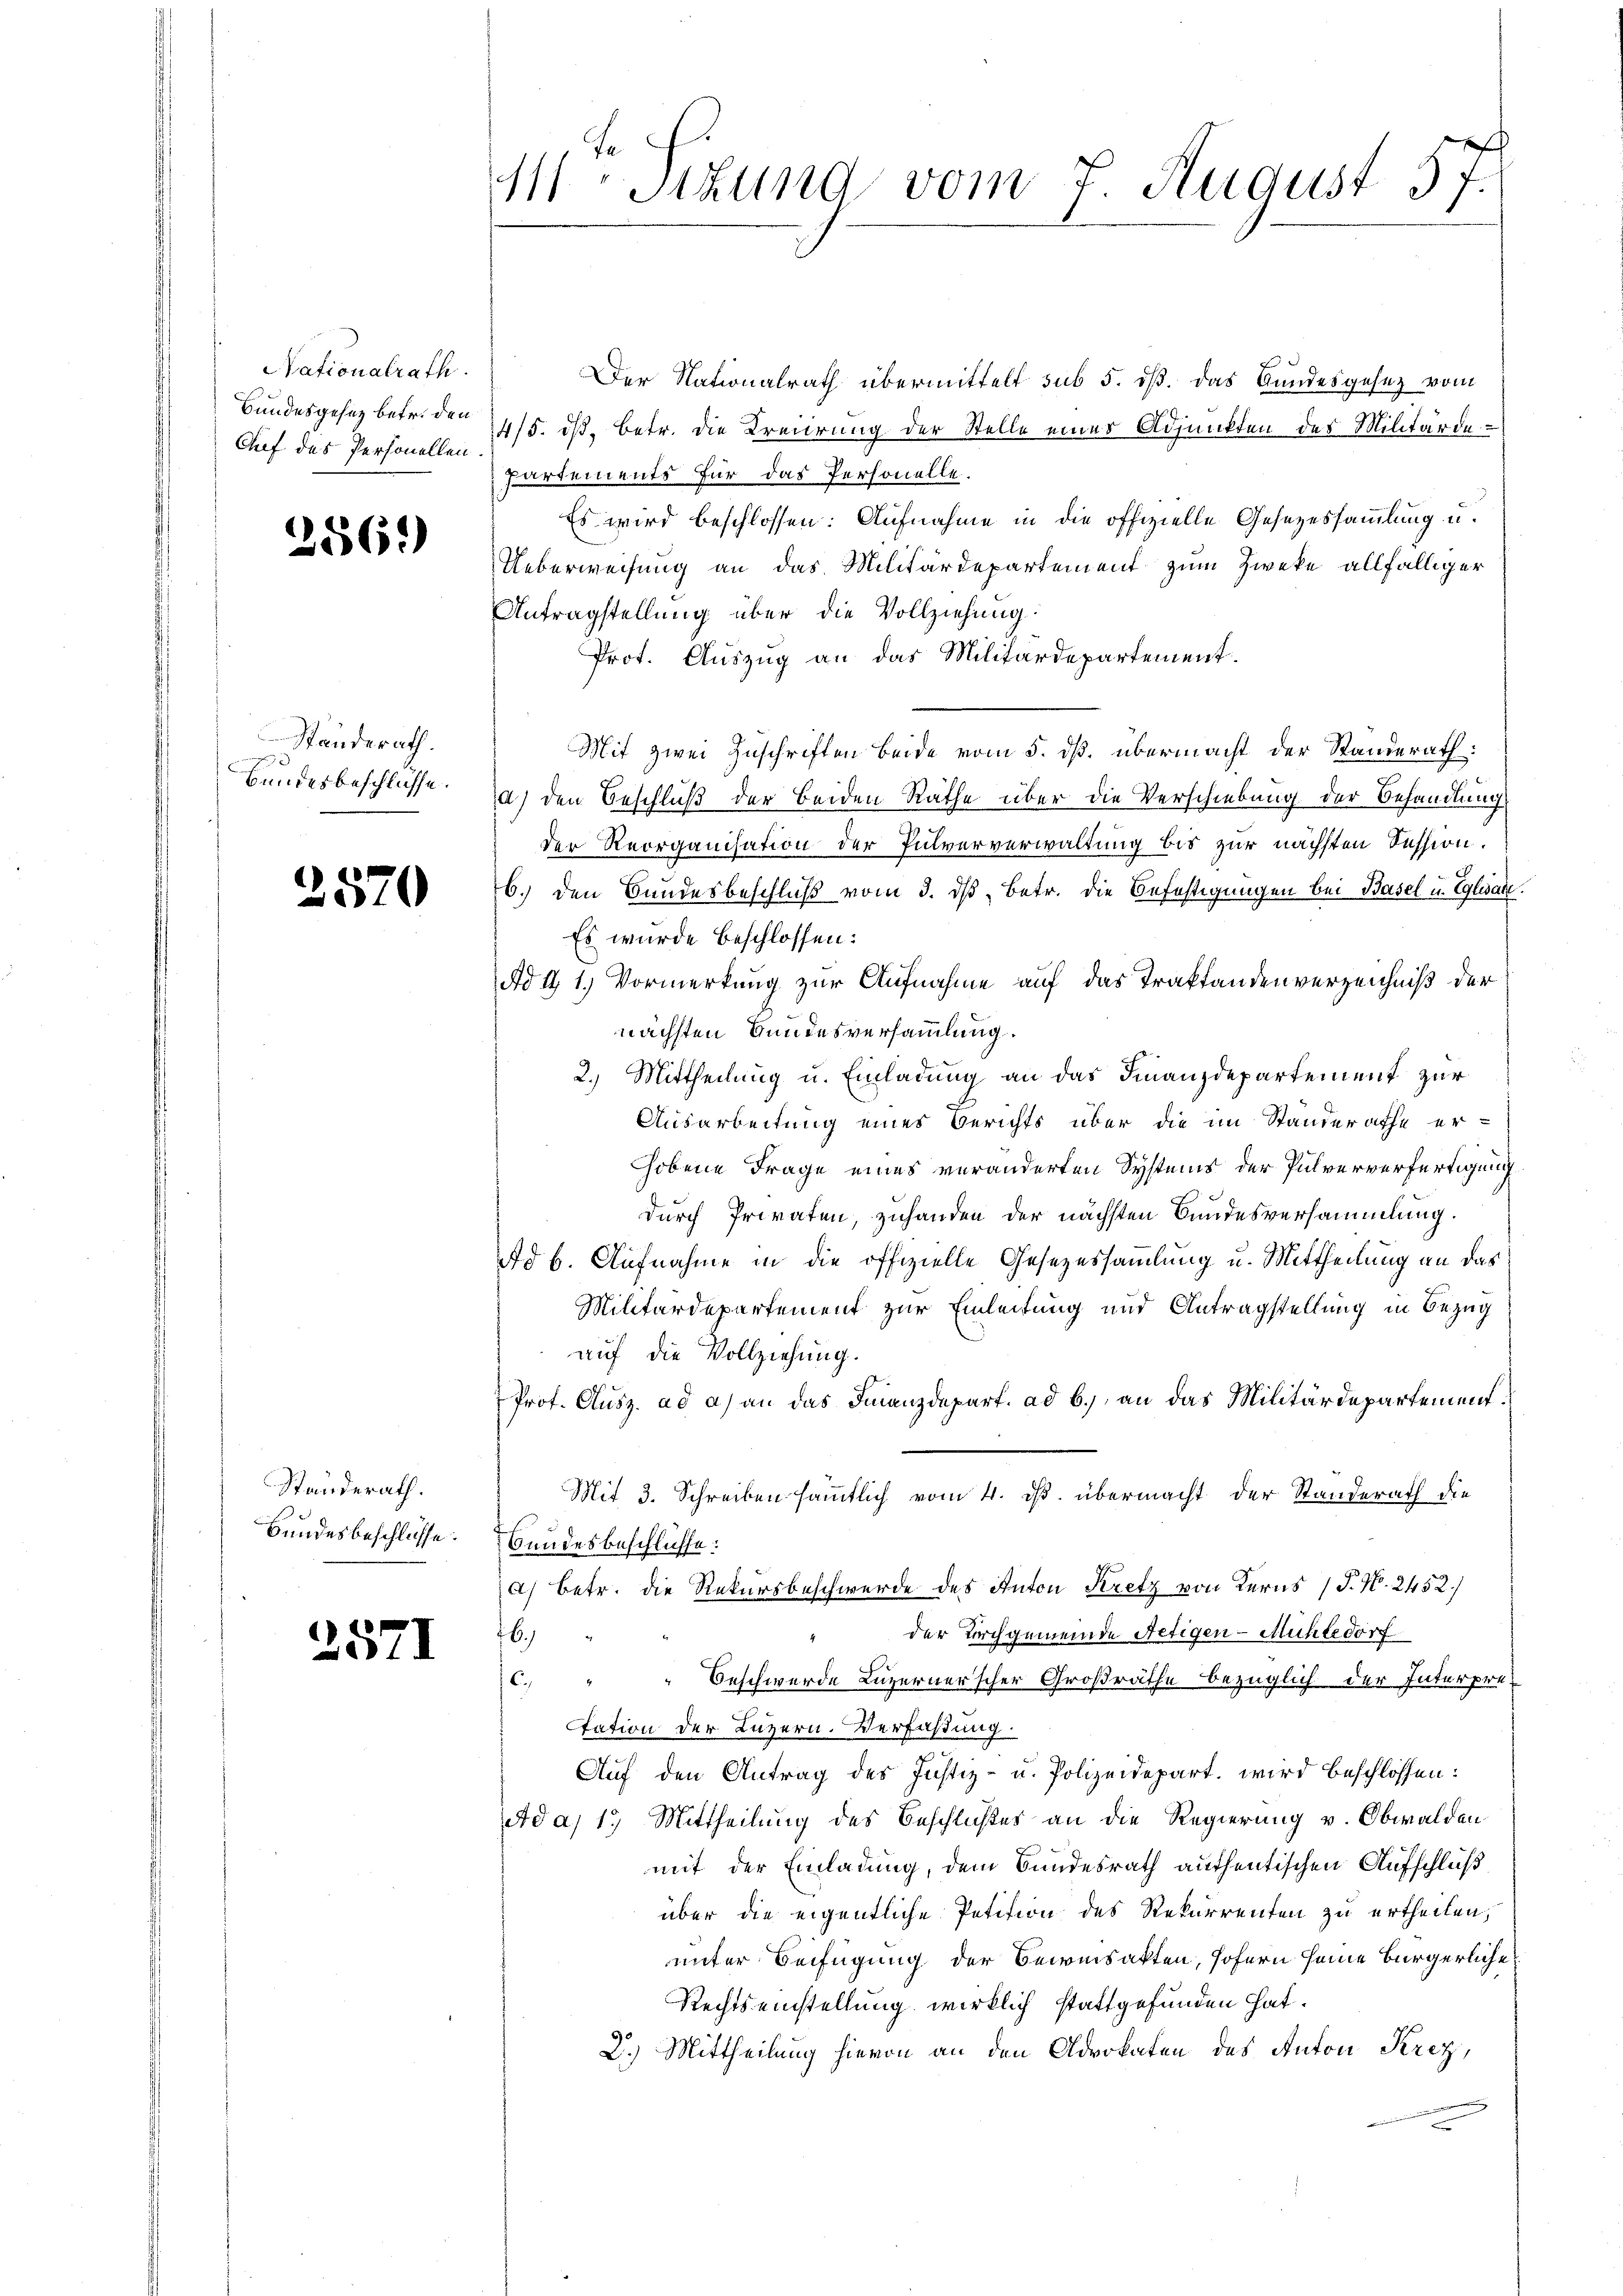
Nationalrath.
Bundesgesez betr. den
Auf des Personellen

2561)

Ständerath.
Bundesbeschlüsse.

2570

Standerath.
Bundesbeschlüsse.

2571

111 Stund vom 7. August 57.

Der Nationalrath übermittelt sub 5. dß. Das Bundesgesez vom
4/5. dß. Betr. die Kreiirung der Stelle eines Adjunkten des Militärde¬
Partements für das Personelle.
Es wird beschlossen: Aufnahme in die offizielle Gesezessammlung u.
Ueberweisung an das Militärdepartement zum Zweke allfälliger
Antragstellung über die Vollziehung.
Prot. Auszug an das Militärdepartement.
Mit zwei Zuschriften beide vom 5. dß. übermacht der Standerath
d) den Beschluß der beiden Rathe über die Verschiebung der Behandlung
der Reorganisation der Pulververwaltung bis zur nächsten Session.
b.) den Bundesbeschluß vom 3. ds. Betr. die Befestigungen bei Basel u. Eglian.
Es wurde beschlossen:
Ad 11. Vormerkung zur Aufnahme auf das Traktandenverzeichniß der
nächsten Bundesversammlung.
2.) Mittheilung u. Einladung an das Finanzdepartement zur
Ausarbeitung eines Berichts über die im Standerathe er-
hobene Frage eines veränderten Systems der Pulververfertigung
durch Privaten, zuhanden der nächsten Bundesversammlung.
ad b. Aufnahme in die offizielle Gesetzessammlung u. Mittheilung an das
Militärdepartement zur Einleitung und Antragstellung in Bezug
auf die Vollziehung.
Prof. Ausz. ad a) an das Finanzdepart. ad b.) an das Militärdepartement¬
Mit 3. Schreiben sämmtlich vom 4. ds. übermacht der Standerath die
Bundesbeschlüsse:
a) betr. die Rekursbeschwerde des Anton Kretz von Kerns (T. N. 2452/
der Kirchgemeinde Netigen-Mühledorf
16.)
Beschwerde Luzerner’scher Großräthe bezüglich der Interpre
C.
Station der Luzern. Verfaßung.
Auf den Antrag des Justiz- u. Polizeidepart wird beschlossen:
Ad a, 1.) Mittheilung des Beschlußes an die Regierung v. Obwalden
mit der Einladung, dem Bundesrath authentischen Aufschluß
über die eigentliche Petition des Rekurrenten zu ertheilen,
unter Beifügung der Beweisakten, sofern seine Bürgerliche
Rechtseinstellung wirklich stattgefunden hat.
2.) Mittheilung hievon an den Advokaten des Anton Krez,
.